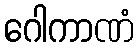
ဂေါကာဏံ